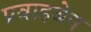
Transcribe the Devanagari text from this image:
प्रवाहवेग